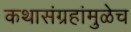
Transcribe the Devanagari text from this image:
कथासंग्रहांमुळेच